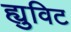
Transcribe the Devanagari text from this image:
ह्युविट